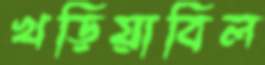
খড়িয়াবিল